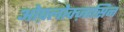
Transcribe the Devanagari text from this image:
ओफ़्लोक्ज़ासिन